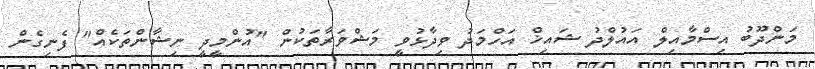
މަންދޫބު އިސްމާއިލް އައުލްދު ޝައިޚް އަހްމަދު ވިދާޅުވީ މަޝްވަރާތަކުން "އުންމީދީ ނިޝާންތަކެއް" ފެނިގެން